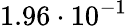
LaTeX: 1.96\cdot 10^{-1}